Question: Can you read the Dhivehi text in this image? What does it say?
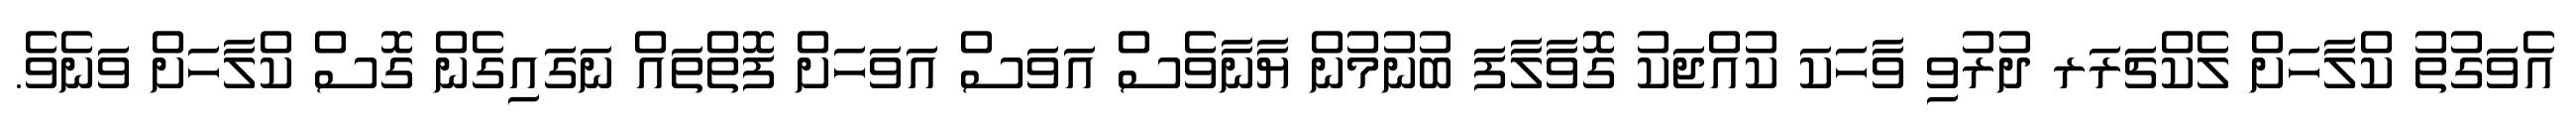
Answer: އެވަގުތު ކްލާހަށް ލެކްޗަރަރ ދުރުވި ވާހަކަ ކުއްޖަކު ގޮވާލާފަ ބުނުމުން ޔާނާވެސް އަވަސް އަވަހަށް ފޮތްތައް ނަގައިގެން ގޮސް ކްލާހަށް ވަނެވެ.